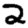
Digit: 2